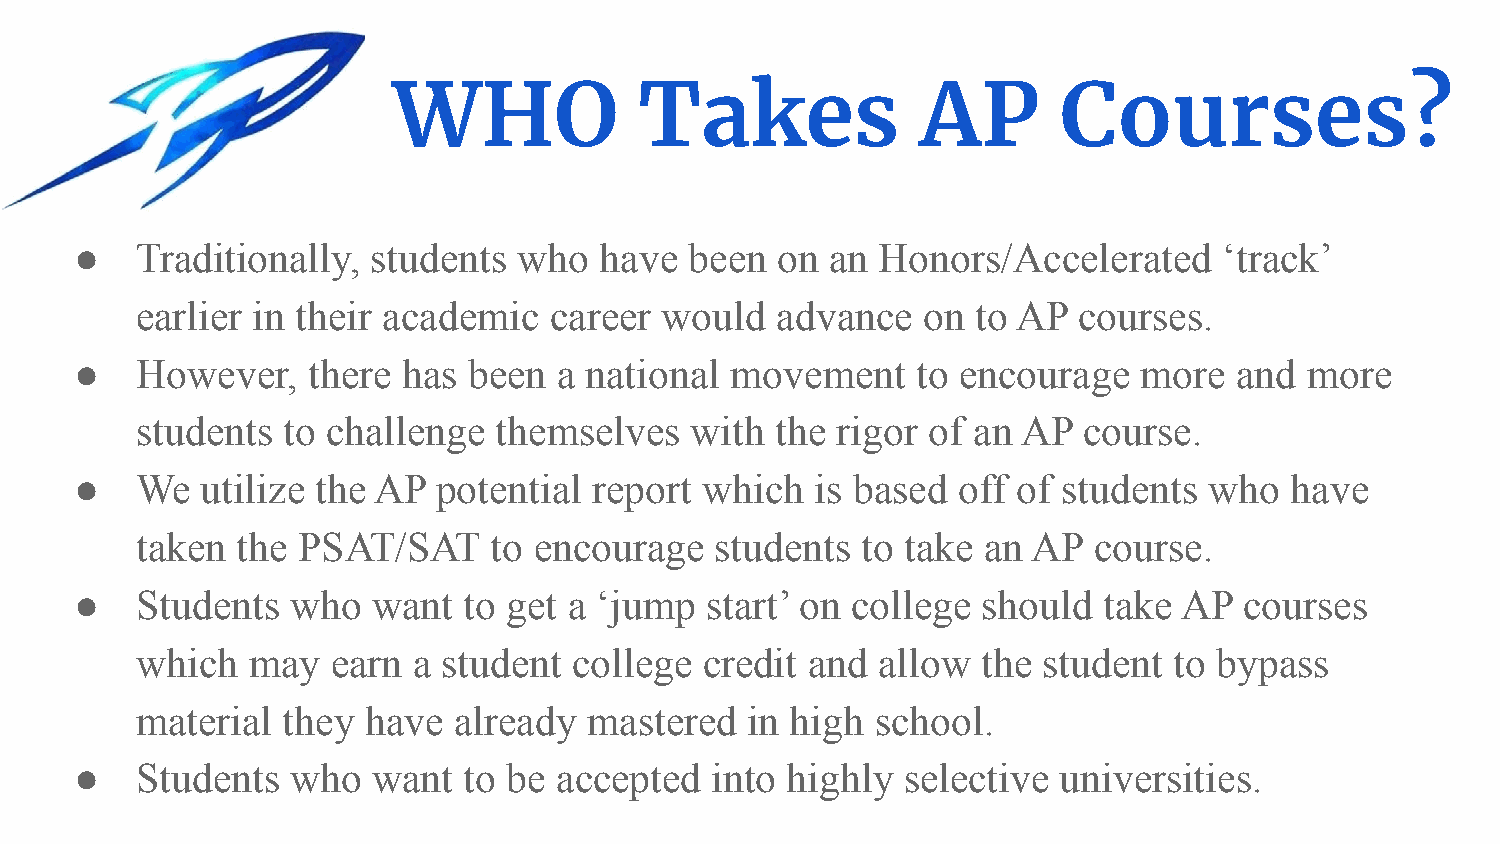
WHO             Takes              AP       Courses?
 ●   Traditionally,  students who   have  been on  an Honors/Accelerated     ‘track’
 earlier in their academic  career  would  advance   on  to AP courses.
 ●   However,   there  has been  a national movement     to encourage   more  and  more
 students  to challenge  themselves   with the rigor of an  AP  course.
 ●   We  utilize the AP  potential report  which  is based off of students  who  have
 taken  the PSAT/SAT    to encourage   students  to take an AP  course.
 ●   Students  who   want  to get a ‘jump  start’ on college should  take AP  courses
 which  may   earn a student  college  credit and allow  the student  to bypass
 material  they have  already  mastered  in high  school.
 ●   Students  who   want  to be accepted  into highly  selective universities.